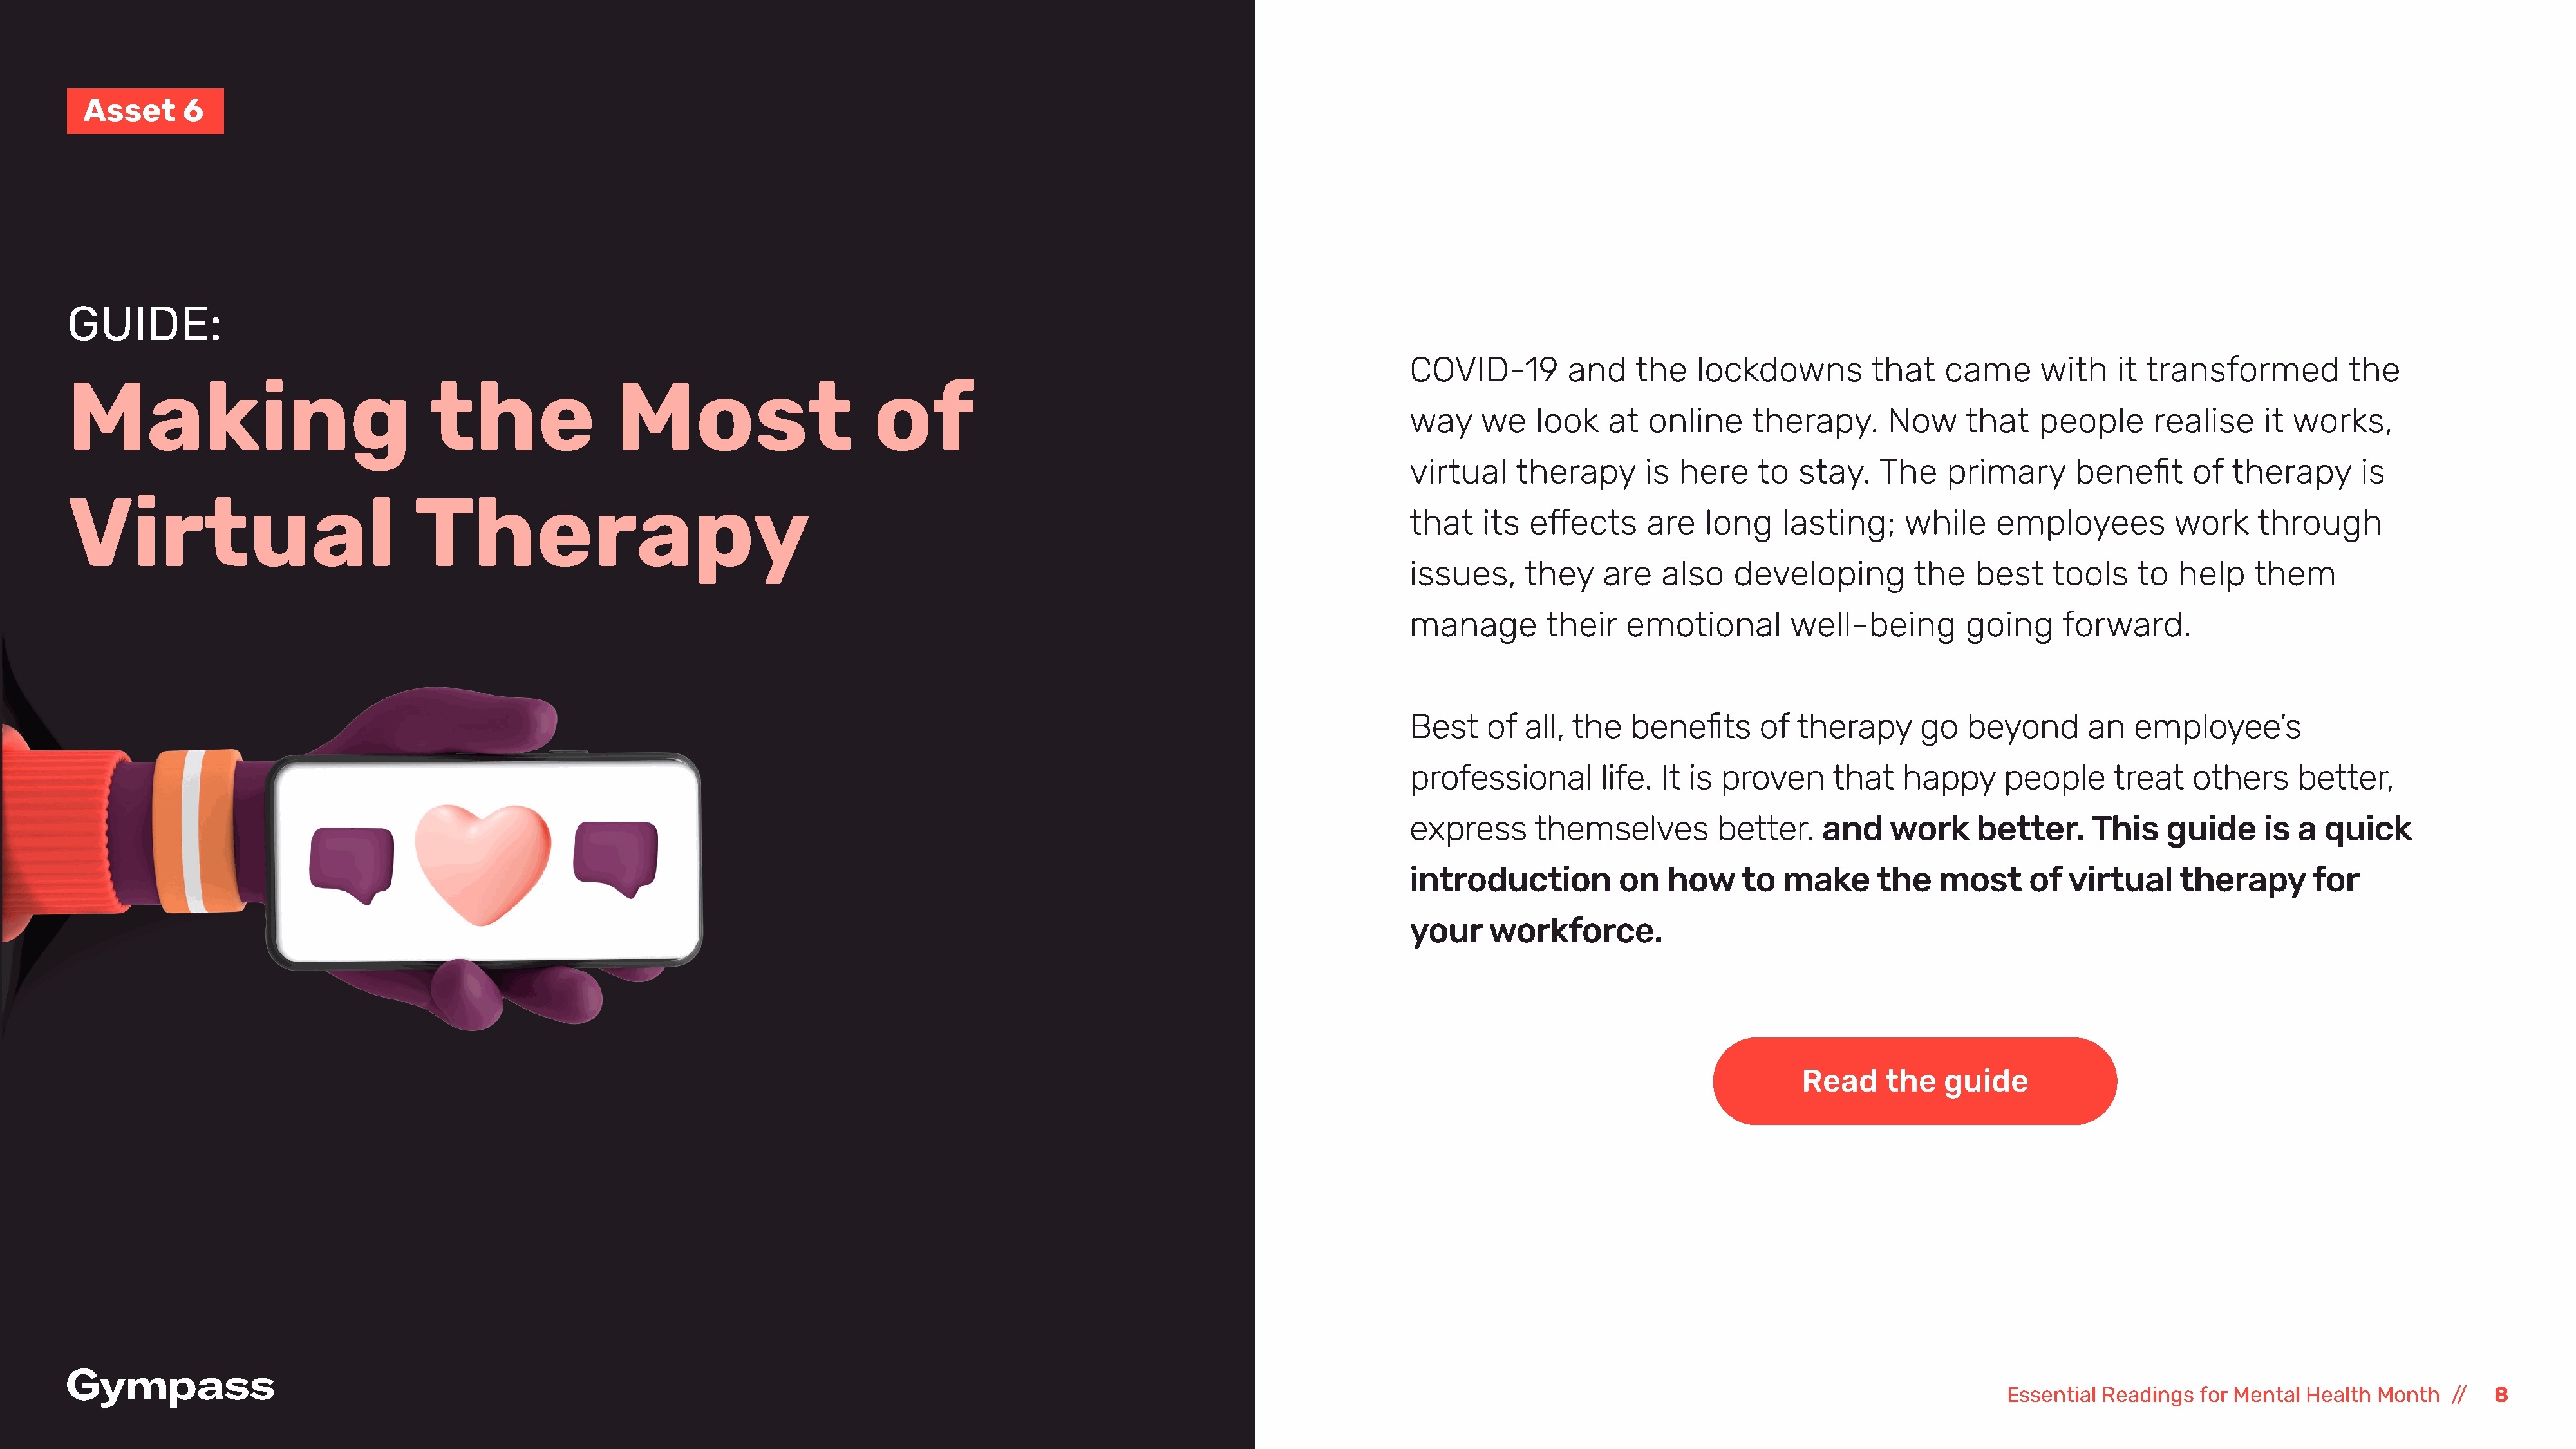
Asset     6
 GUIDE:
 COVID-19        and    the   lockdowns         that    came      with    it transformed         the
 Making                               the                Most                       of
 way    we    look   at  online     therapy.      Now     that    people     realise     it works,
 virtual    therapy      is  here    to  stay.   The    primary      benefit     of  therapy       is
 Virtual                             Therapy
 that   its  effects     are   long    lasting;     while    employees         work     through
 issues,     they    are   also   developing         the   best    tools    to  help    them
 manage        their   emotional        well-being        going     forward.
 Best    of  all, the   benefits     of  therapy     go   beyond       an  employee’s
 professional        life. It is proven     that    happy     people     treat   others     better,
 express      themselves        better.    and    work     better.     This    guide     is a  quick
 introduction         on   how     to  make      the   most      of  virtual    therapy       for
 your    workforce.
 Read     the   guide
 Essential Readings  for Mental Health Month   //  8